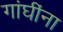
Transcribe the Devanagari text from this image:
गांघींना